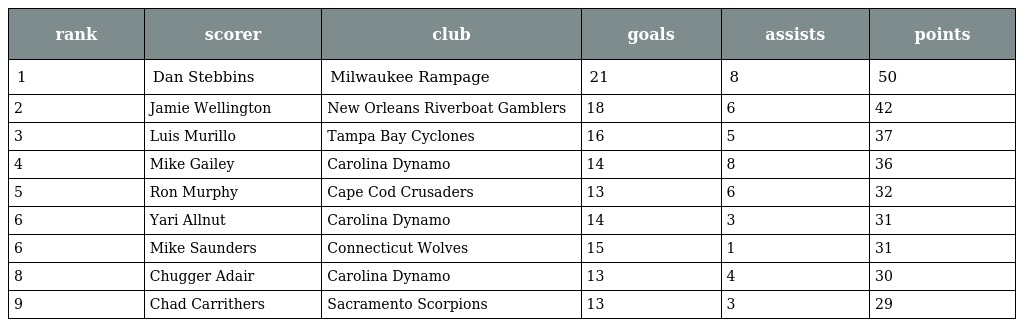
| rank | scorer | club | goals | assists | points |
 | --- | --- | --- | --- | --- | --- |
 | 1 | Dan Stebbins | Milwaukee Rampage | 21 | 8 | 50 |
 | 2 | Jamie Wellington | New Orleans Riverboat Gamblers | 18 | 6 | 42 |
 | 3 | Luis Murillo | Tampa Bay Cyclones | 16 | 5 | 37 |
 | 4 | Mike Gailey | Carolina Dynamo | 14 | 8 | 36 |
 | 5 | Ron Murphy | Cape Cod Crusaders | 13 | 6 | 32 |
 | 6 | Yari Allnut | Carolina Dynamo | 14 | 3 | 31 |
 | 6 | Mike Saunders | Connecticut Wolves | 15 | 1 | 31 |
 | 8 | Chugger Adair | Carolina Dynamo | 13 | 4 | 30 |
 | 9 | Chad Carrithers | Sacramento Scorpions | 13 | 3 | 29 |